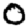
Digit: 0